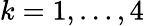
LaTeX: k=1,\dots,4